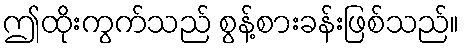
ဤထိုးကွက်သည် စွန့်စားခန်းဖြစ်သည်။